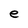
Character: e